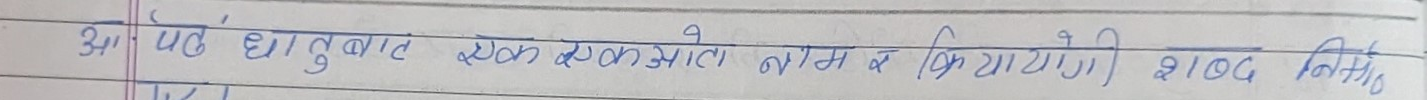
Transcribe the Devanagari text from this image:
अ पढे धातुबाट एक क्रियाओगी नाम वा क्रियायोगी शब्द निर्मित